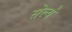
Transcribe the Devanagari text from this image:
सेल्ये